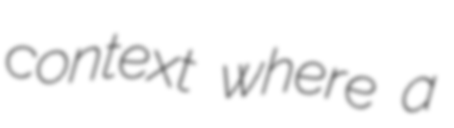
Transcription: context where a